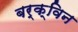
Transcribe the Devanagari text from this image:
बर्क्विन